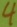
Text: 4